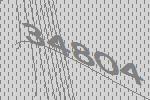
34804